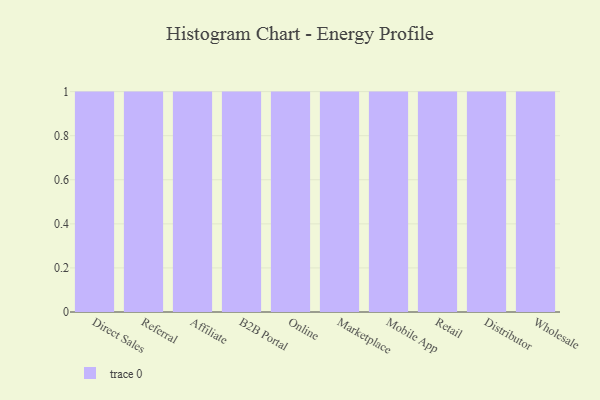
{"axis": {"x": "Channel", "y": "Backlog"}, "legend": [""], "data": [{"x": "Direct Sales", "y": 40, "type": ""}, {"x": "Referral", "y": 73, "type": ""}, {"x": "Affiliate", "y": 56, "type": ""}, {"x": "B2B Portal", "y": 26, "type": ""}, {"x": "Online", "y": 35, "type": ""}, {"x": "Marketplace", "y": 16, "type": ""}, {"x": "Mobile App", "y": 58, "type": ""}, {"x": "Retail", "y": 47, "type": ""}, {"x": "Distributor", "y": 75, "type": ""}, {"x": "Wholesale", "y": 24, "type": ""}]}